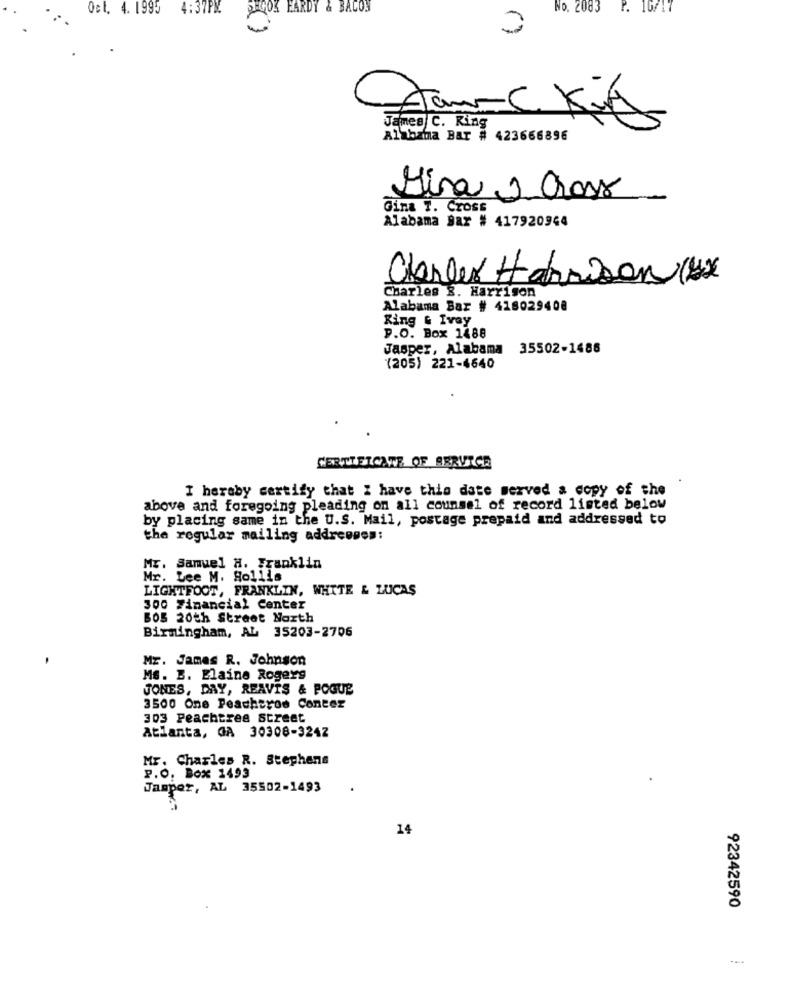
Oct. 4. 1995
4:37PM
SEGOK HARDY & BACON
No. 2083
P. 16/17
Gan-C Kin
James C. Ring
Alabama BAT # 423666896
Mina 1 Cross
Gina T. Cross
Alabama Bar # 417920944
Charger Harrison (1)
Charles 3. Harrison
Alabama Bar # 418029408
King & Ivey
P.O. Box 1488
Jasper, Alabama 35502-1486
(205) 221-6640
CERTIFICATE OF SERVICE
I hereby certify that I have this date served a copy of the
above and foregoing pleading on all counsel of record listed below
by placing same in the U.S. Mail, postage prepaid and addressed to
the regular mailing addresses:
Mr. Samuel H. Franklin
Mr. Lee M. Hollis
LIGHTFOOT, FRANKLIN, WHITE & LUCAS
300 Financial Center
BOS 20th Street North
Birmingham, AL 35203-2706
Mr. James R. Johnson
Ms. B. Elaine Rogers
JONES, DAY, REAVIS & POGUE
3500 One Peacheros Contez
303 Peachtree street
Atlanta, GA 30308-324Z
Mr. Charles R. Stephens
P.O. Box 1493
Jasper, AL 35502-1493
14
92342590